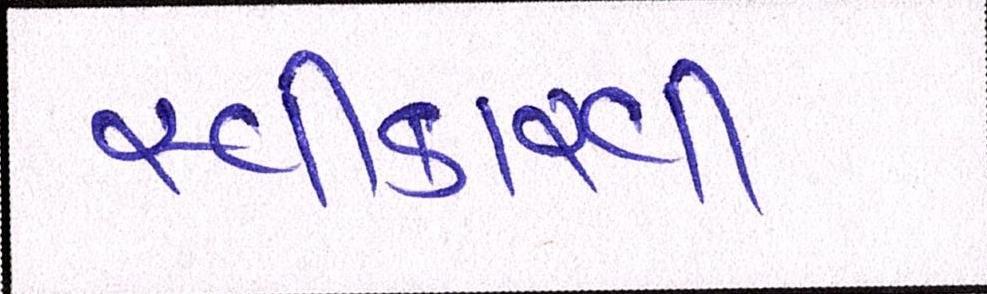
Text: સ્વીકારવી